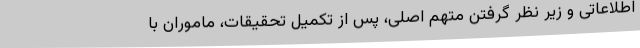
اطلاعاتی و زیر نظر گرفتن متهم اصلی، پس از تکمیل تحقیقات، ماموران با